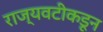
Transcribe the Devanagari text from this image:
राज्यवटीकडून